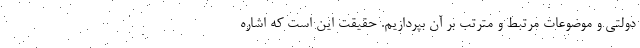
دولتی و موضوعات مرتبط و مترتب بر آن بپردازیم. حقیقت این است که اشاره